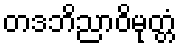
တဒဘိညာဝိမုတ္တံ